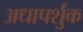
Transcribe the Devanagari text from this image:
अधापर्शुक